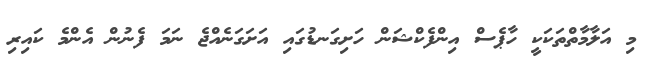
މި އަލާމާތްތަކަކީ ހާޕެސް އިންފެކްޝަން ހަށިގަނޑުގައި އަށަގަނެއްޖެ ނަމަ ފެނުން އެންމެ ކައިރި